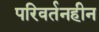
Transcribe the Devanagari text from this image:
परिवर्तनहीन